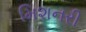
મિશનરી